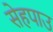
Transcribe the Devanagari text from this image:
सेहपाउ